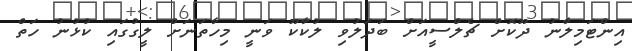
އިންޓަމިލާނު ދޫކޮށް ޗެލްސީއަށް ބަދަލުވި ލުކާކޫ ވަނީ މިހާތަނަށް ލީގުގައި ކުޅުނު ހަތް